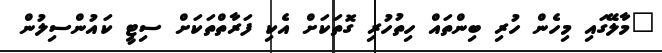
"މާލޭގައި މިހެން ހުރި ބިންތައް ހިތުހުރި ގޮތަކަށް އެކި ފަރާތްތަކަށް ސިޓީ ކައުންސިލުން